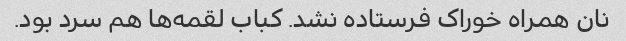
نان همراه خوراک فرستاده نشد. کباب لقمه‌ها هم سرد بود.